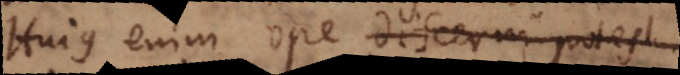
Hujus enim ope discerni potest